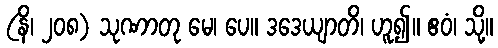
(နိ၊ ၂၀၈) သုဏာတု မေ၊ ပေ။ ဒဒေယျာတိ၊ ဟူ၍။ ဧဝံ၊ သို့။